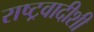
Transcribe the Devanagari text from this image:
राष्ट्रवादीशी